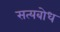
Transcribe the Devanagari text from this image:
सत्यबोध